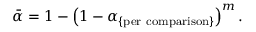
{ \bar { \alpha } } = 1 - \left( 1 - \alpha _ { \{ { \mathrm { p e r ~ c o m p a r i s o n } } \} } \right) ^ { m } .